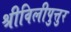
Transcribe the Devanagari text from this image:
श्रीविलीपुत्तुर